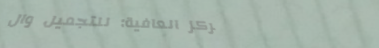
مركز العافية: للتجميل وال